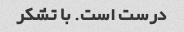
درست است. با تشکر